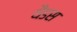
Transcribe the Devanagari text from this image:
थैडस